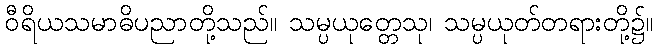
ဝီရိယသမာဓိပညာတို့သည်။ သမ္ပယုတ္တေသု၊ သမ္ပယုတ်တရားတို့၌။